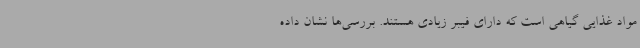
مواد غذایی گیاهی است که دارای فیبر زیادی هستند. بررسی‌ها نشان داده